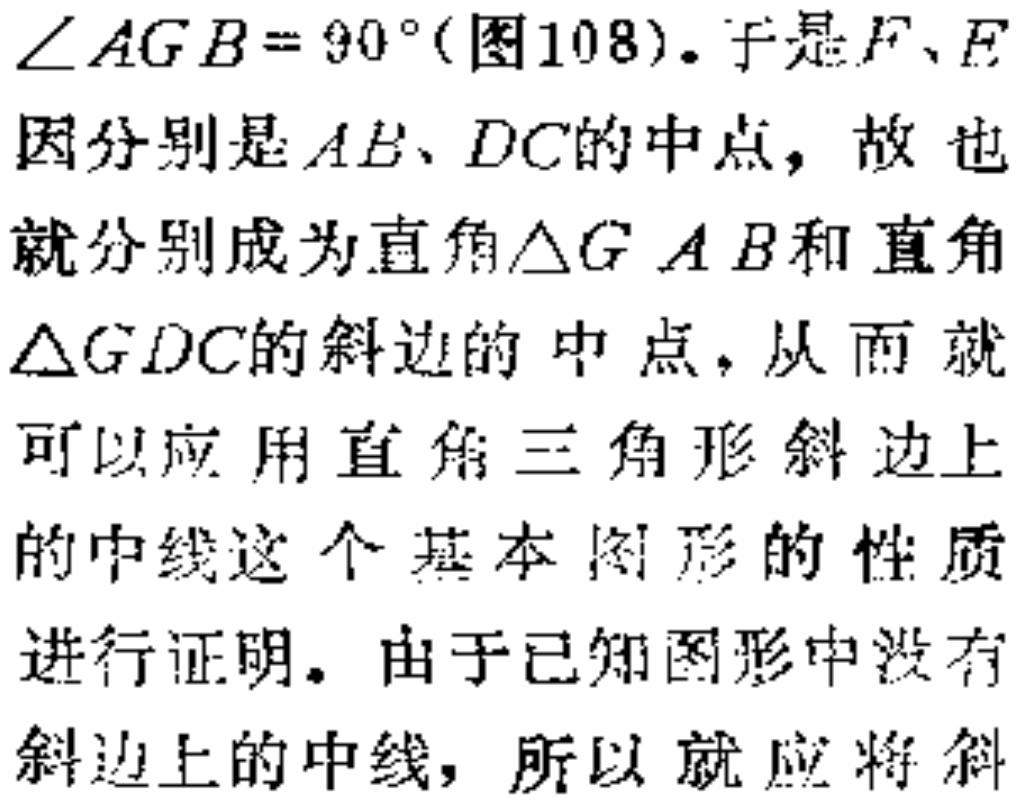
$\angle AGB = 90^{\circ}$(图108). 于是$F、E$因分别是$AB、DC$的中点，故也就分别成为直角$\triangle GAB$和直角$\triangle GDC$的斜边的中点，从而就可以应用直角三角形斜边上的中线这个基本图形的性质进行证明。由于已知图形中没有斜边上的中线，所以就应将斜